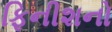
ફિનીશનો